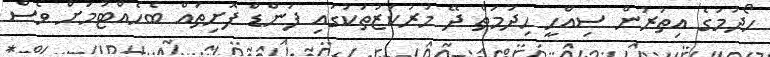
ހޯދުމުގެ އިތުރުން ސިއްހީ ހިދުމަތް ދޭ މަރުކަޒުތަކުގައި ފަންޑް ފޮށިތައް ބެހެއްޓުމަށް ވެސް